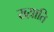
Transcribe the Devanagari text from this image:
ख्य़ाति